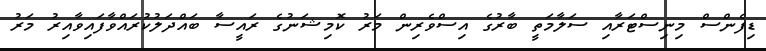
ޑިފެންސް މިނިސްޓަރާއި ސަލާމަތީ ބާރުގެ އިސްވެރިން މަރު ކޮމިޝަނުގެ ރައީސާ ބައްދަލުކުރައްވާފައިވާއިރު މަރު